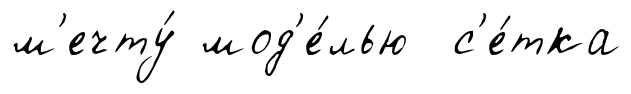
м'ечту́ мод'е́лью с'е́тка